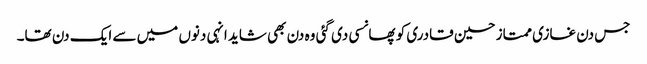
جس دن غازی ممتاز حسین قادری کو پھانسی دی گئی وہ دن بھی شاید انہی دنوں میں سے ایک دن تھا۔